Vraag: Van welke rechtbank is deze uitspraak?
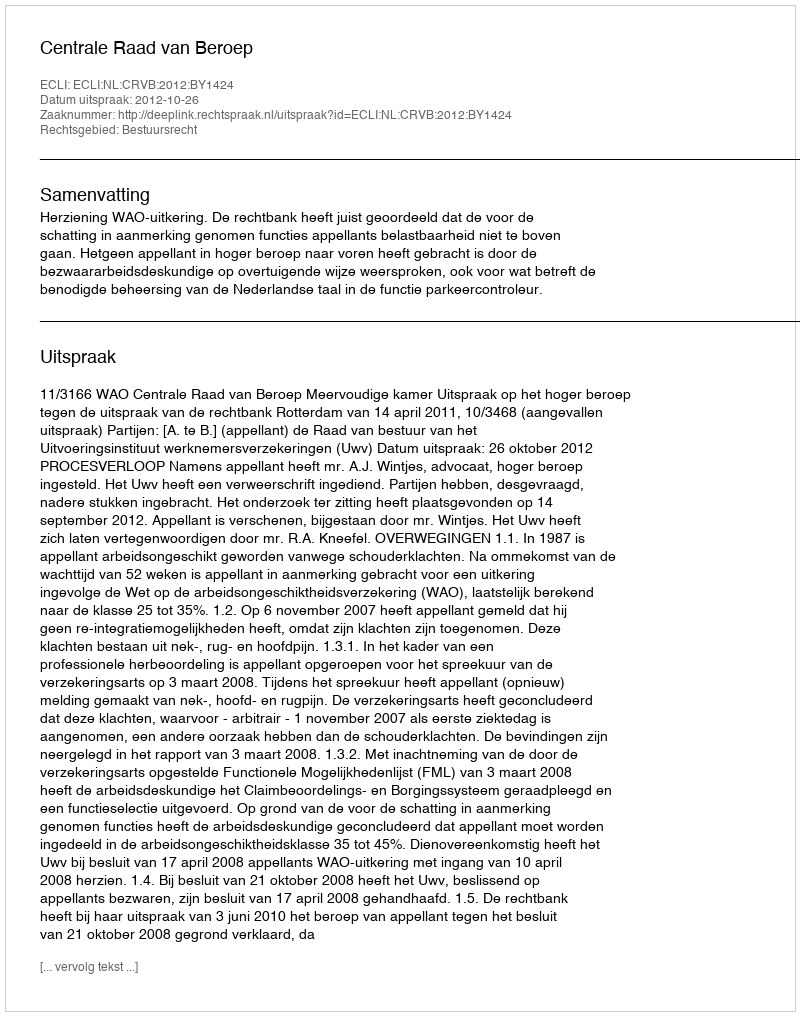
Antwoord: Centrale Raad van Beroep